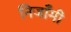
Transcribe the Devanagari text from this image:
निजाँमी